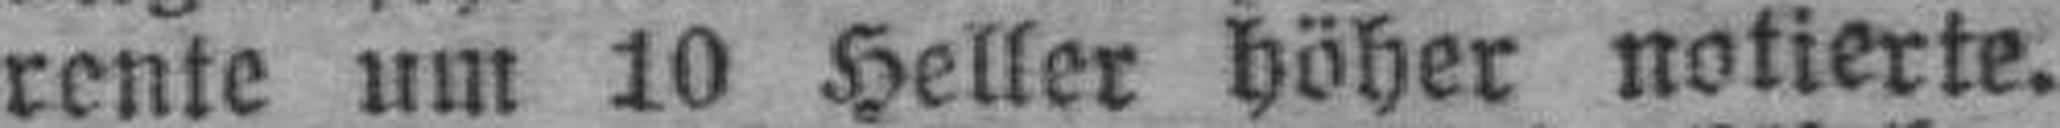
rente um 10 Heller höher notierte.